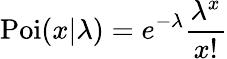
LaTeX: \operatorname{Poi}(x|\lambda)=e^{-\lambda}\frac{\lambda^{x}}{x!}